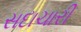
સદાચારી